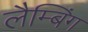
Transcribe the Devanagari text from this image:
लैम्बिंग